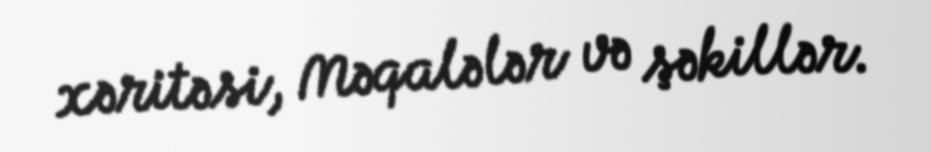
xəritəsi, Məqalələr və şəkillər.